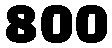
800